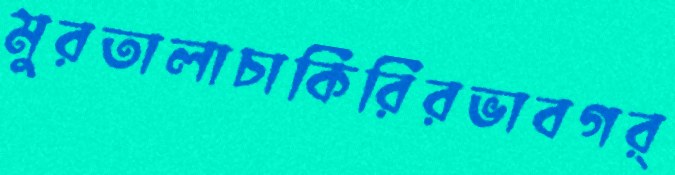
মুরতালাচাকিরিরভাবগর্